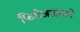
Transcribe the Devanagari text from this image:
फिरोजजंगाने